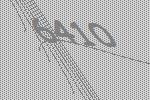
6410